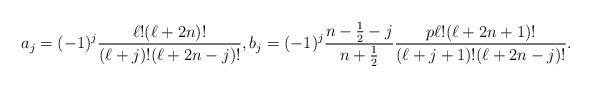
LaTeX: \begin{gather*}a_j = (-1)^j \frac{\ell! (\ell+2n)!}{(\ell+j)! (\ell+2n-j)!},b_j = (-1)^j \frac{n-\frac{1}{2}-j}{n+\frac{1}{2}} \frac{p \ell! (\ell+2n+1)!}{(\ell+j+1)! (\ell+2n-j)!}.\end{gather*}